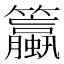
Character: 𫂯